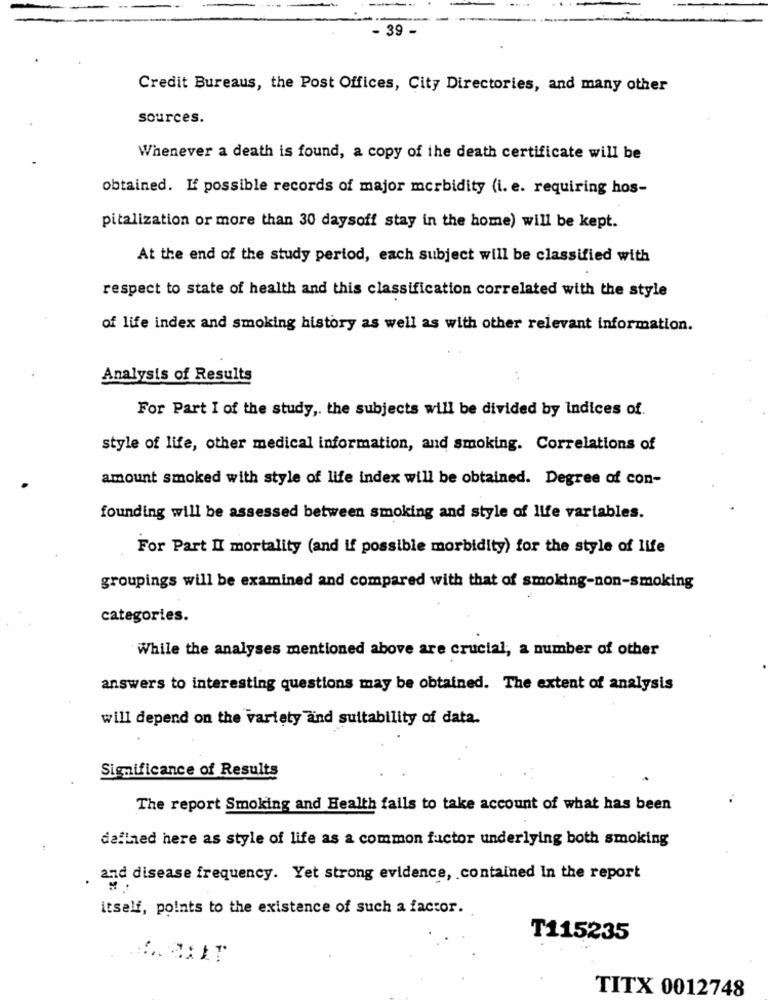
- 39 -
Credit Bureaus, the Post Offices, City Directories, and many other
sources.
Whenever a death is found, a copy of the death certificate will be
obtained. L' possible records of major morbidity (i. e. requiring hos-
pitalization or more than 30 daysoff stay in the home) will be kept.
At the end of the study pertod, each subject will be classified with
respect to state of health and this classification correlated with the style
of life index and smoking history as well as with other relevant information.
Analysis of Results
For Part I of the study ,. the subjects will be divided by Indices of.
style of life, other medical information, and smoking. Correlations of
amount smoked with style of life index will be obtained. Degree of con-
founding will be assessed between smoking and style of life variables.
For Part II mortality (and if possible morbidity) for the style of life
groupings will be examined and compared with that of smoking-non-smoking
categories.
While the analyses mentioned above are crucial, a number of other
answers to interesting questions may be obtained. The extent of analysis
will depend on the variety and suitability of data.
Significance of Results
The report Smoking and Health fails to take account of what has been
dallned here as style of life as a common factor underlying both smoking
. and disease frequency. Yet strong evidence, contained In the report
itself, points to the existence of such a factor.
T115235
TITX 0012748